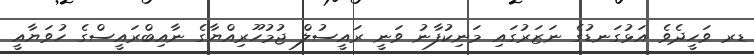
ޑރ ވަހީދެވެ އަޅުގަނޑުގެ ނަޒަރުގައި މަނިކުފާނު ވަނީ ރައީސުލް ޖުމުހޫރިއްޔާގެ ނާއިބްރައީސްގެ ހުވަޔާއީ